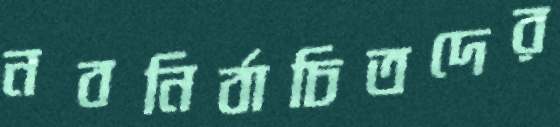
নবনির্বাচিতদের